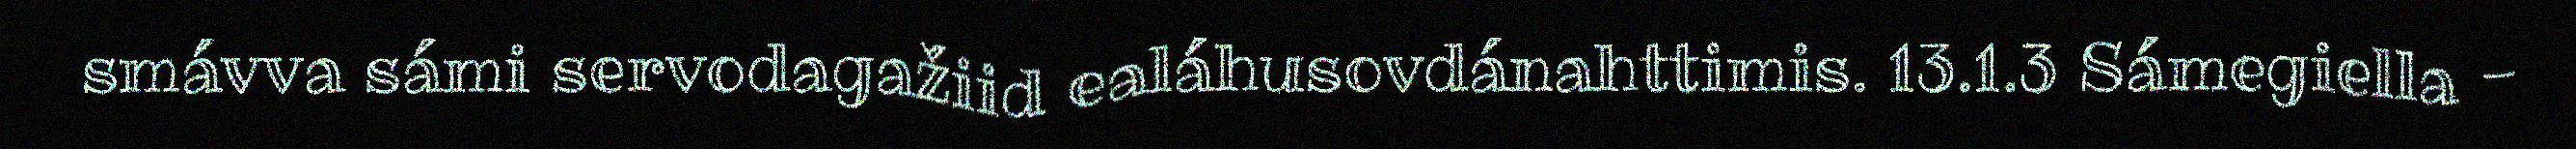
smávva sámi servodagažiid ealáhusovdánahttimis. 13.1.3 Sámegiella -